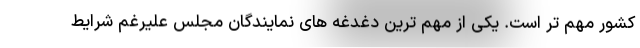
کشور مهم تر است. یکی از مهم ترین دغدغه های نمایندگان مجلس علیرغم شرایط